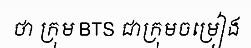
ថា ក្រុម BTS ជាក្រុមចម្រៀង